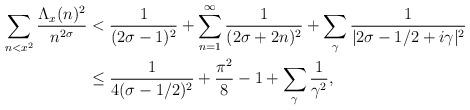
LaTeX: \begin{align*} \sum_{n<x^2} \frac{\Lambda_x(n)^2}{n^{2\sigma}} &< \frac{1}{(2\sigma-1)^2} + \sum_{n=1}^\infty \frac{1}{(2\sigma+2n)^2} + \sum_\gamma \frac{1}{|2\sigma-1/2+i\gamma|^2} \\ &\leq \frac{1}{4(\sigma-1/2)^2} + \frac{\pi^2}{8} - 1 + \sum_\gamma \frac{1}{\gamma^2},\end{align*}